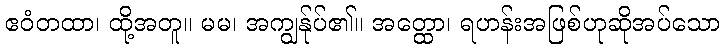
ဧဝံတထာ၊ ထို့အတူ။ မမ၊ အကျွန်ုပ်၏။ အတ္ထော၊ ရဟန်းအဖြစ်ဟုဆိုအပ်သော